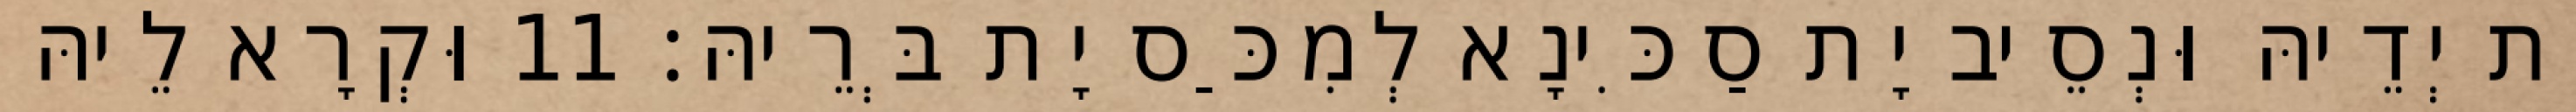
יָת יְדֵיהּ וּנְסֵיב יָת סַכִּינָא לְמִכַּס יָת בְּרֵיהּ׃ 11 וּקְרָא לֵיהּ